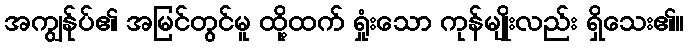
အကျွန်ုပ်၏ အမြင်တွင်မူ ထို့ထက် ရှုံးသော ကုန်မျိုးလည်း ရှိသေး၏။